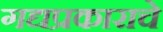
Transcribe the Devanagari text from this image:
गद्यप्रकाराचे